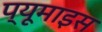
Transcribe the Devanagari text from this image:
प्यूमाइस